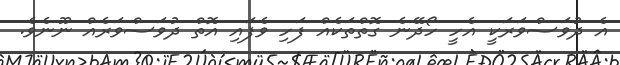
އެ ދުވަސްވަރަކީ އެހީ ހޯދޭނެ ގޮތްތަކެއް ފަހި ވެފައި އޮތް ދުވަސްވަރެއް ނޫނެވެ.